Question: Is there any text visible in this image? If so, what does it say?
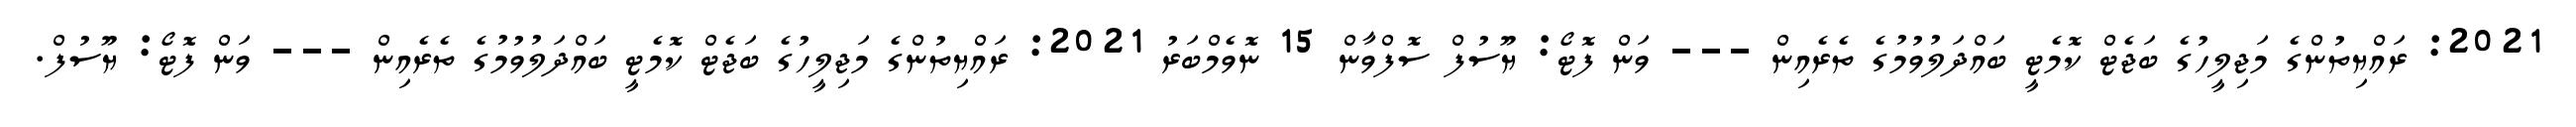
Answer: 2021: ރައްޔިތުންގެ މަޖިލީހުގެ ބަޖެޓް ކޮމެޓީ ބައްދަލުވުމުގެ ތެރެއިން --- ވަން ފޮޓޯ: ޔޫސުފް ސޮފްވާން 15 ނޮވެމްބަރު 2021: ރައްޔިތުންގެ މަޖިލީހުގެ ބަޖެޓް ކޮމެޓީ ބައްދަލުވުމުގެ ތެރެއިން --- ވަން ފޮޓޯ: ޔޫސުފް.